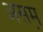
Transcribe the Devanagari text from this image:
असम़